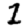
Digit: 1